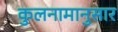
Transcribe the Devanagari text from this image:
कुलनामानुसार